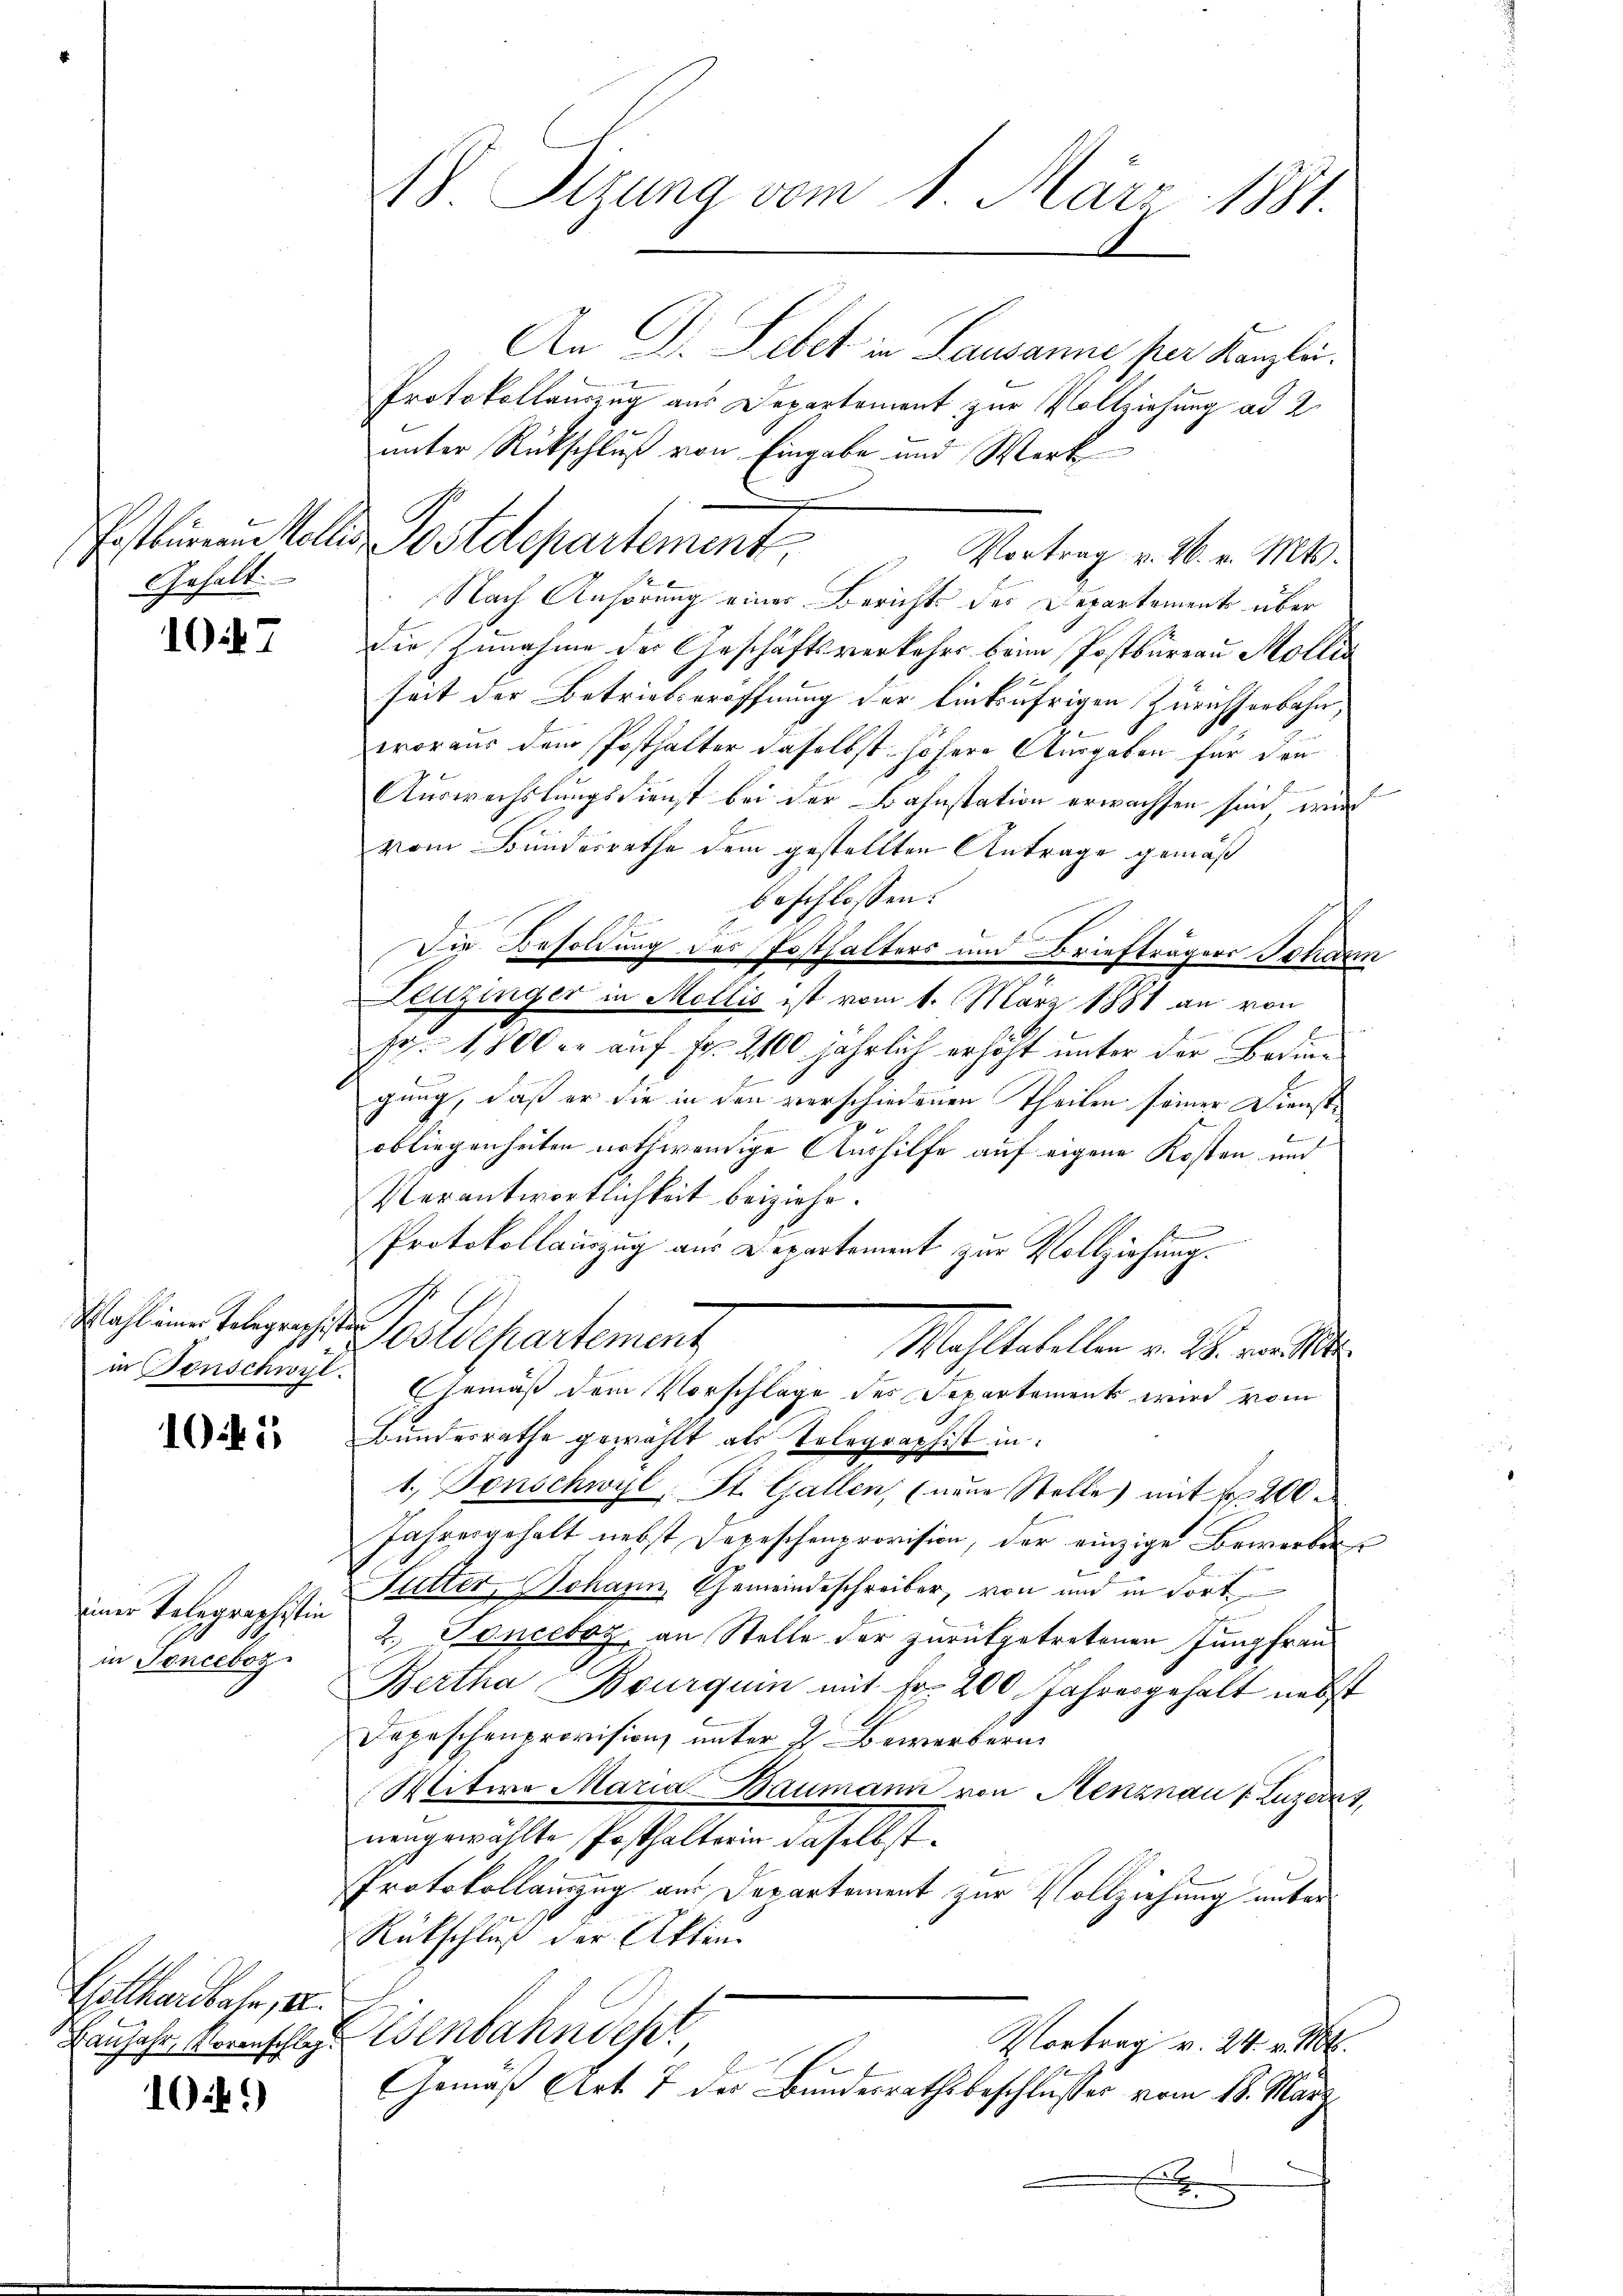
Gehalt

107

Wahl einer Telegraphisten

101

einer Telegraphistin
in Tonceboz

Gotthardbahn, u.

10 f.)

W Sizung vom 1. März 1881.

An Dr. Lebet in Lausanne per Kanzlei.
Protokollauszug aus Departement zur Vollziehung ad 2.
unter Rückschluß von Eingabe und Werk
Postbarer Mollis Postdepartement. Vortrag v. 26. v. Mts.
Nach Anhörung einer Berichts des Departements über
die Zunahme der Geschäftsverkehrs beim Postbureau Mollin
seit der Betriebseröffnung der linkufrigen Zürichsenbahn,
woraus dem Posthalter daselbst höhere Ausgaben für den
Auswechslungsdienst bei der Bahnstation erwachsen sind wird
vom Bundesrathe dem gestellten Antrage gemäß
beschlossen:
Die Besoldung des Posthalters und Briefträgers Johann
Leuzinger in Mollis ist vom 1. März 1881 an von

sp. 1,800 er auf fr. 2100 jährlich erhöht unter der Bedingung, daß er die in den verschiedenen Theilen seiner Dienstobliegenheiten nothwendige Aushilfe auf eigene Kosten und
Verantwortlichkeit beiziehe.
Protokollauszug aus Departement zur Vollziehung.
Postdepartement
Mahltestellen v. M. von de
in Tonschwyt. Gemäß dem Vorschlage des Separtement wird vom
Bundesrathe gewählt als Telegraphist in
1. Tonschwyl, St. Gallen, (neue Stelle mit 1 200
Jahresgehalt nebst Depeschenprovision, der einzige Bewerber
Futter, Johann Gemeindeschreiber, von und in Fort
2., Koncetz, an Stelle der zurükgetretenen Jungfrau
Bertha Bourquin mit d. 200 Jahresgehalt nebst
Depeschenprovision unter 2. Bewerbern
Mitwe Maria Baumann von Menznau (Luzerns,
nengewählte Posthalterin daselbst.
Protokollauszug aus Departement zur Vollziehung unter
Rückschluß der Akten.
Einfahr, Kornschlagenbahndepr
Vortrag v. 24. v. Mt.
Gemäß Art. 7 der Bundesrathsbeschlusser vom 18. März